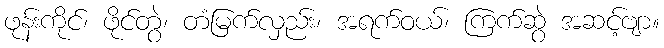
ဖုန်းကိုင်၊ ဖိုင်တွဲ၊ တံမြက်လှည်း၊ အရက်ဝယ်၊ ကြက်ဆွဲ အဆင့်ဗျာ။